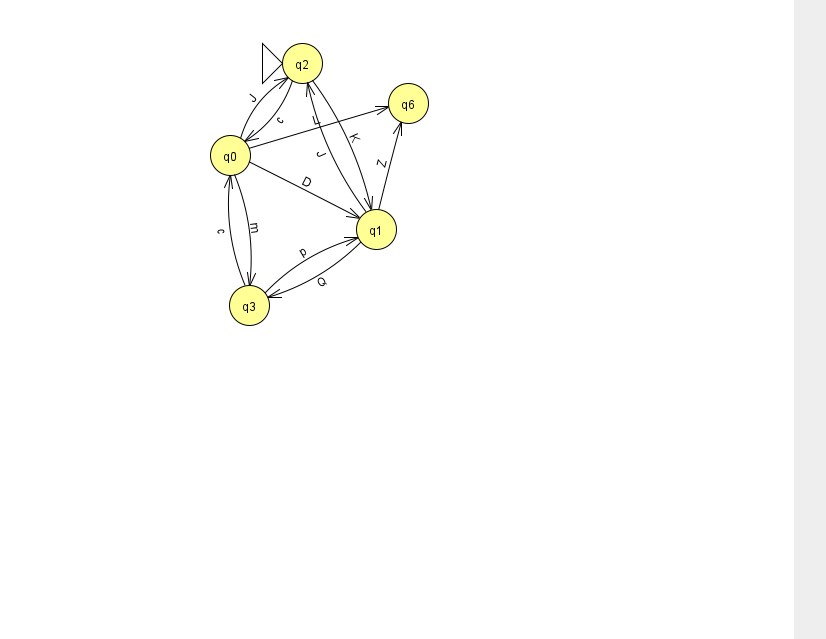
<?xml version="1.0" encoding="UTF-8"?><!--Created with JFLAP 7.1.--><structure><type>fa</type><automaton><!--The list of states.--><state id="0" name="q0"><x>230.0</x><y>142.0</y></state><state id="1" name="q1"><x>376.0</x><y>216.0</y></state><state id="2" name="q2"><x>302.0</x><y>50.0</y><initial/></state><state id="3" name="q3"><x>249.0</x><y>292.0</y></state><state id="6" name="q6"><x>408.0</x><y>90.0</y></state><!--The list of transitions.--><transition><from>0</from><to>1</to><read>D</read></transition><transition><from>2</from><to>0</to><read>c</read></transition><transition><from>3</from><to>0</to><read>c</read></transition><transition><from>3</from><to>1</to><read>p</read></transition><transition><from>1</from><to>3</to><read>Q</read></transition><transition><from>0</from><to>2</to><read>J</read></transition><transition><from>0</from><to>3</to><read>m</read></transition><transition><from>1</from><to>6</to><read>Z</read></transition><transition><from>1</from><to>2</to><read>J</read></transition><transition><from>0</from><to>6</to><read>L</read></transition><transition><from>2</from><to>1</to><read>K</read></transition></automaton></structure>